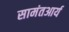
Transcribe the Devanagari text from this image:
सामंतआर्य